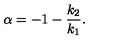
\alpha = - 1 - \frac { k _ { 2 } } { k _ { 1 } } .